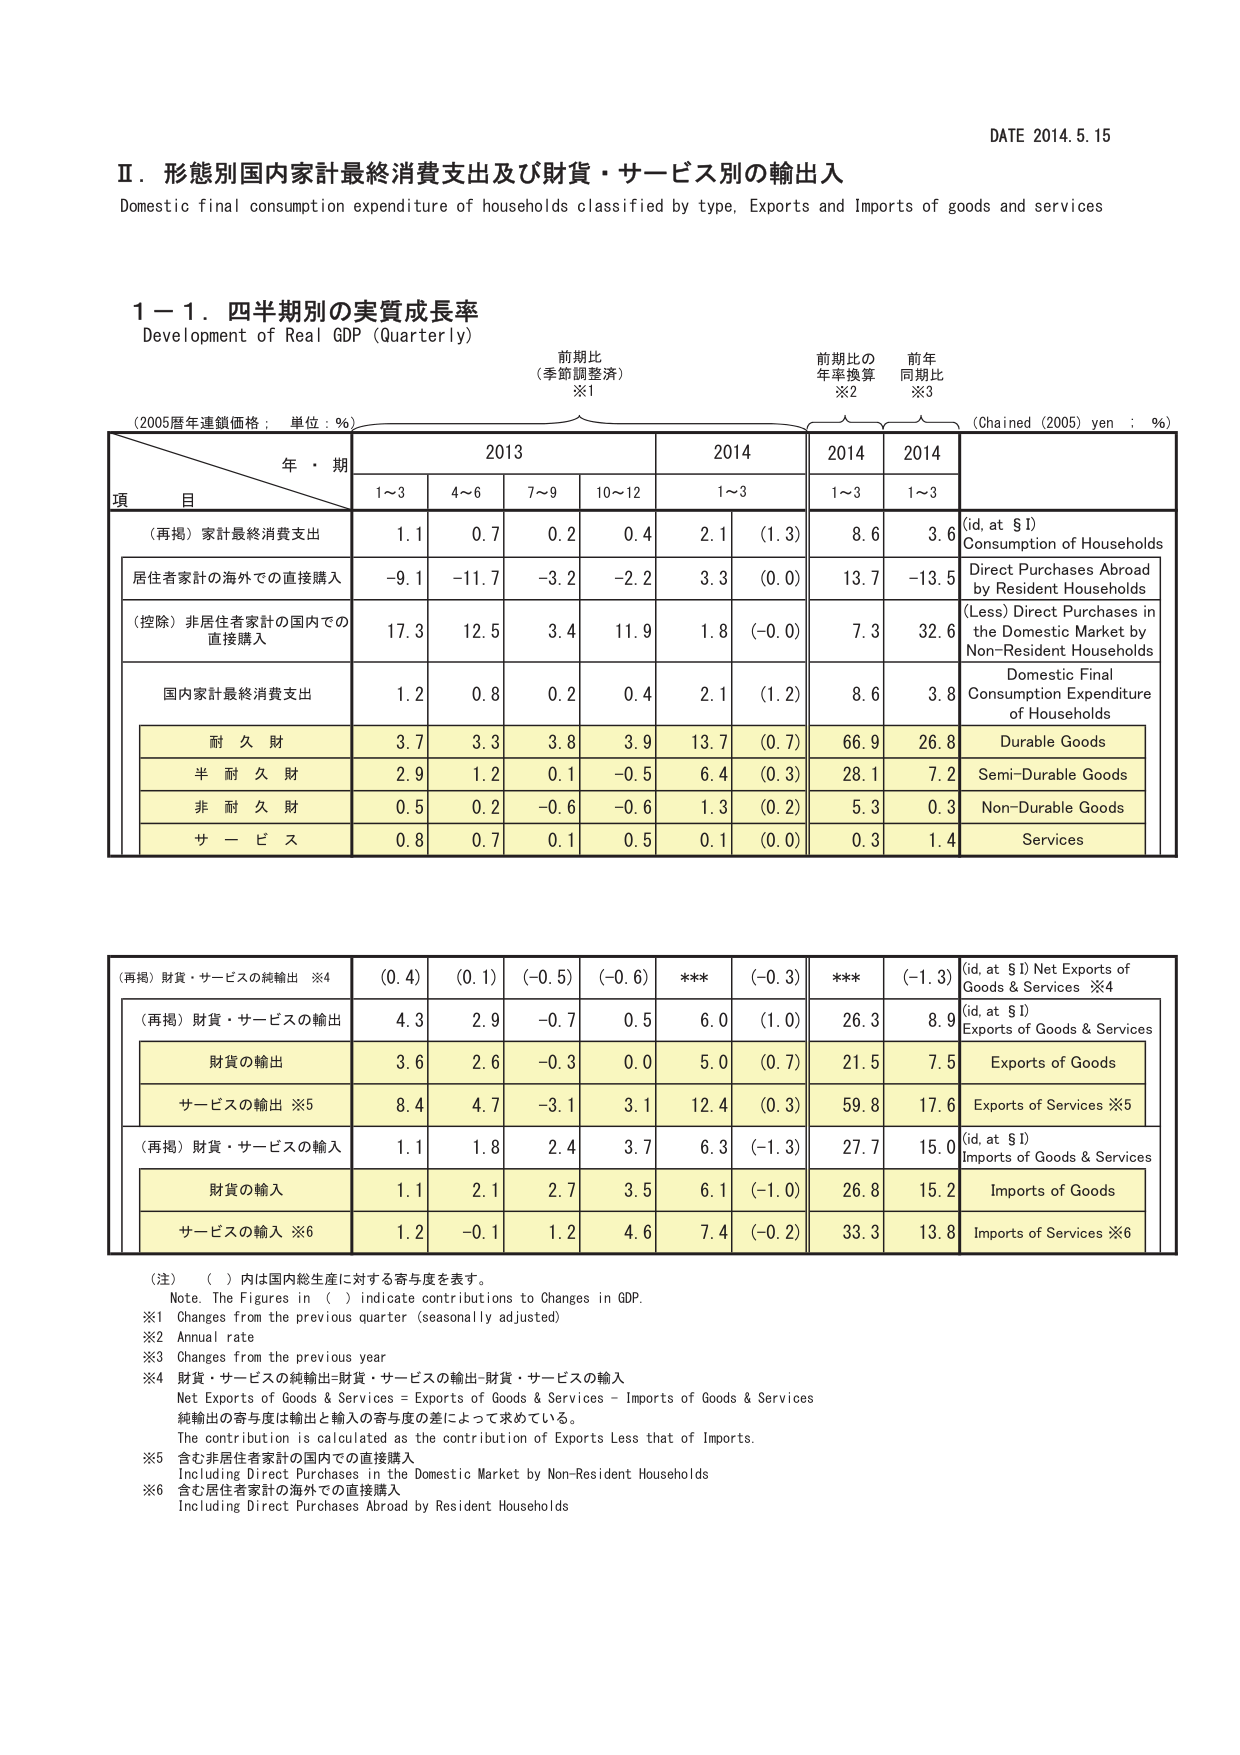
DATE 2014.5.15

Ⅱ．形態別国内家計最終消費支出及び財貨・サービス別の輸出入
Domestic final consumption expenditure of households classified by type, Exports and Imports of goods and services

1－1．四半期別の実質成長率
Development of Real GDP (Quarterly)

(2005暦年連鎖価格；単位：％)
前 期 比
(季節調整済)
※1
前 期 比 の
年率換算
※2
前 年
同期比
※3
(Chained (2005) yen : %)

年・期
2013
2014
2014
2014
項 目
1～3
4～6
7～9
10～12
1～3
1～3
1～3

(再掲) 家計最終消費支出
1.1
0.7
0.2
0.4
2.1
(1.3)
8.6
3.6
(id, at §I)
Consumption of Households

居住者家計の海外での直接購入
-9.1
-11.7
-3.2
-2.2
3.3
(0.0)
13.7
-13.5
Direct Purchases Abroad
by Resident Households

(控除) 非居住者家計の国内での
直接購入
17.3
12.5
3.4
11.9
1.8
(-0.0)
7.3
32.6
(Less) Direct Purchases in
the Domestic Market by
Non-Resident Households

国内家計最終消費支出
1.2
0.8
0.2
0.4
2.1
(1.2)
8.6
3.8
Domestic Final
Consumption Expenditure
of Households

耐 久 財
3.7
3.3
3.8
3.9
13.7
(0.7)
66.9
26.8
Durable Goods

半 耐 久 財
2.9
1.2
0.1
-0.5
6.4
(0.3)
28.1
7.2
Semi-Durable Goods

非 耐 久 財
0.5
0.2
-0.6
-0.6
1.3
(0.2)
5.3
0.3
Non-Durable Goods

サ ー ビ ス
0.8
0.7
0.1
0.5
0.1
(0.0)
0.3
1.4
Services

(再掲) 財貨・サービスの純輸出 ※4
(0.4)
(0.1)
(-0.5)
(-0.6)
***
(-0.3)
***
(-1.3)
(id, at §I) Net Exports of
Goods & Services ※4

(再掲) 財貨・サービスの輸出
4.3
2.9
-0.7
0.5
6.0
(1.0)
26.3
8.9
(id, at §I)
Exports of Goods & Services

財貨の輸出
3.6
2.6
-0.3
0.0
5.0
(0.7)
21.5
7.5
Exports of Goods

サービスの輸出 ※5
8.4
4.7
-3.1
3.1
12.4
(0.3)
59.8
17.6
Exports of Services ※5

(再掲) 財貨・サービスの輸入
1.1
1.8
2.4
3.7
6.3
(-1.3)
27.7
15.0
(id, at §I)
Imports of Goods & Services

財貨の輸入
1.1
2.1
2.7
3.5
6.1
(-1.0)
26.8
15.2
Imports of Goods

サービスの輸入 ※6
1.2
-0.1
1.2
4.6
7.4
(-0.2)
33.3
13.8
Imports of Services ※6

（注）（ ）内は国内総生産に対する寄与度を表す。
Note. The Figures in ( ) indicate contributions to Changes in GDP.
※1 Changes from the previous quarter (seasonally adjusted)
※2 Annual rate
※3 Changes from the previous year
※4 財貨・サービスの純輸出=財貨・サービスの輸出-財貨・サービスの輸入
Net Exports of Goods & Services = Exports of Goods & Services - Imports of Goods & Services
純輸出の寄与度は輸出と輸入の寄与度の差によって求めている。
The contribution is calculated as the contribution of Exports Less that of Imports.
※5 含む非居住者家計の国内での直接購入
Including Direct Purchases in the Domestic Market by Non-Resident Households
※6 含む居住者家計の海外での直接購入
Including Direct Purchases Abroad by Resident Households